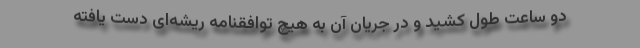
دو ساعت طول کشید و در جریان آن به هیچ توافقنامه ریشه‌ای دست یافته